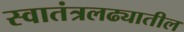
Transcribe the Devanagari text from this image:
स्वातंत्रलढ्यातील